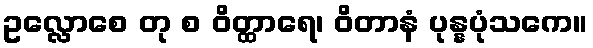
ဥလ္လောစေ တု စ ဝိတ္ထာရေ၊ ဝိတာနံ ပုန္နပုံသကေ။